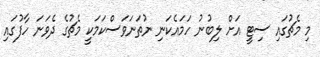
މި މެޗުގައި ސިޓީ އަށް ލިބުނު ހަމައެކަނި ނުތަނަވަސްކަމަކީ މެޗުގެ ދެވަނަ ހާފުގައި